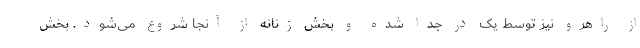
از راهرو نیز توسط یک در جدا شده و بخش زنانه از آنجا شروع می‌شود. بخش